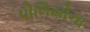
પોલિયોના